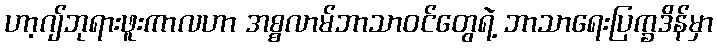
ဟာ့ဂျ်ဘုရားဖူးကာလဟာ အစ္စလာမ်ဘာသာဝင်တွေရဲ့ ဘာသာရေးပြက္ခဒိန်မှာ